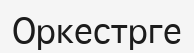
Оркестрге